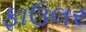
ફાઉલર